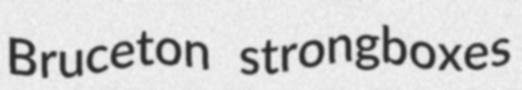
Bruceton strongboxes